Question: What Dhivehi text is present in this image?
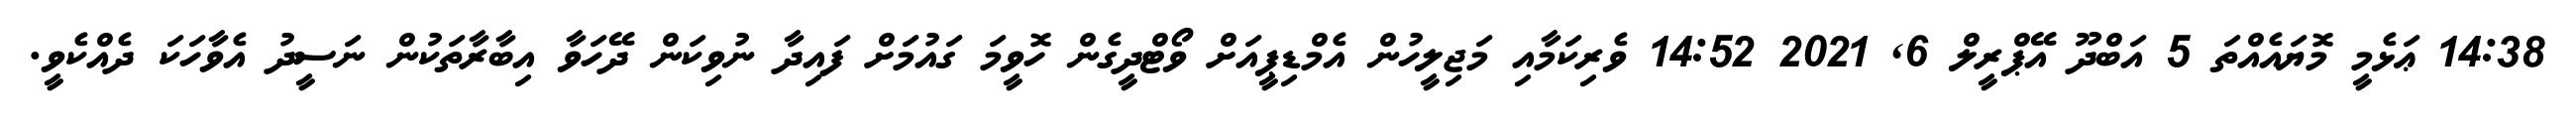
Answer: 14:38 ޢަޅެމީ މޮޔައެއްތަ 5 އަބްދޫ އޭޕްރީލް 6, 2021 14:52 ވެރިކަމާއި މަޖިލީހުން އެމްޑިޕީއަށް ވޯޓްދީގެން ހޮވީމަ ގައުމަށް ފައިދާ ނުވިކަން ދޭހަވާ އިބާރާތަކުން ނަސީދު އެވާހަކަ ދެއްކެވީ.